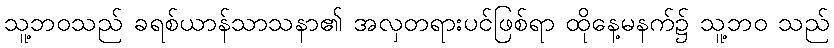
သူ့ဘဝသည် ခရစ်ယာန်သာသနာ၏ အလှတရားပင်ဖြစ်ရာ ထိုနေ့မနက်၌ သူ့ဘဝ သည်